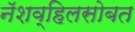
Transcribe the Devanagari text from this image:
नॅशव्हिलसोबत